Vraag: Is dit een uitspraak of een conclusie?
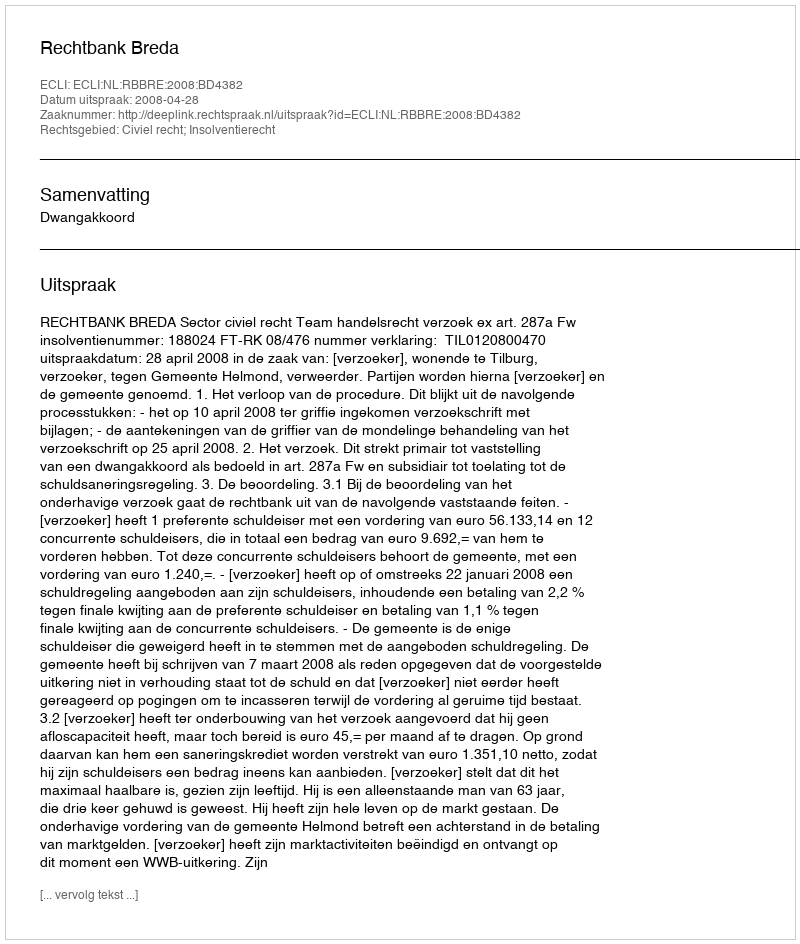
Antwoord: Uitspraak